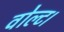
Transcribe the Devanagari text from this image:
वोल्ट।